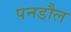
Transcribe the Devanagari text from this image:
पनडौल